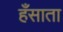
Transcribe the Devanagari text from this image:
हँसाता